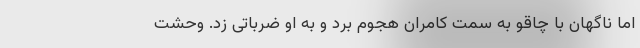
اما ناگهان با چاقو به سمت کامران هجوم برد و به او ضرباتی زد. وحشت